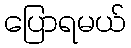
ပြောရမယ်